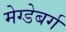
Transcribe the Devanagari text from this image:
मेग्डेबर्ग